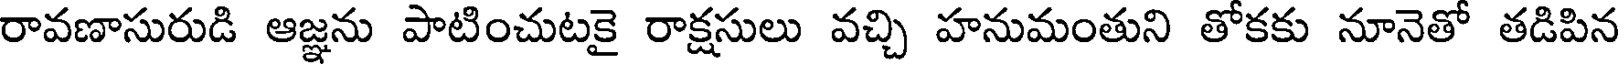
రావణాసురుడి ఆజ్ఞను పాటించుటకై రాక్షసులు వచ్చి హనుమంతుని తోకకు నూనెతో తడిపిన